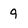
Character: 9